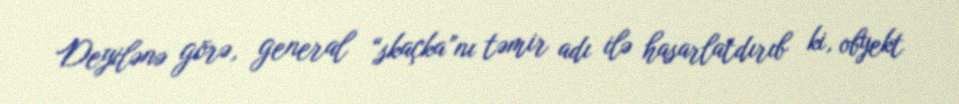
Deyilənə görə, general “skaçka”nı təmir adı ilə hasarlatdırıb ki, obyekt